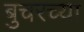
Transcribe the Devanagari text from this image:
बुचरच्या